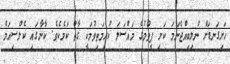
ހަށިގަނޑަށް ނުލިބިއްޖެނަމަ ކަށި ފީވުމުގެ މައްސަލަ ކުރިމަތިވުމަކީ ގާތް ކަމެކެވެ. ކާނާގައި ކެލްސިއަމް